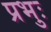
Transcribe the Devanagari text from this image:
प्रभुः